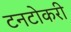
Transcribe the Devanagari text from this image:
टनटोकरी